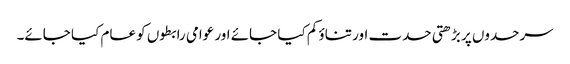
سرحدوں پر بڑھتی حدت اور تناؤ کم کیا جائے اور عوامی رابطوں کو عام کیا جائے۔